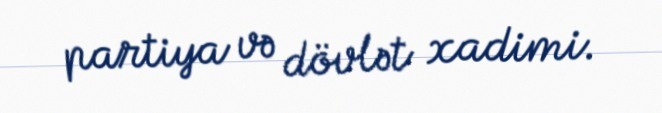
partiya və dövlət xadimi.